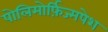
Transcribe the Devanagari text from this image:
पोलिमोर्फ़िज्मपेश